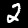
Digit: 2